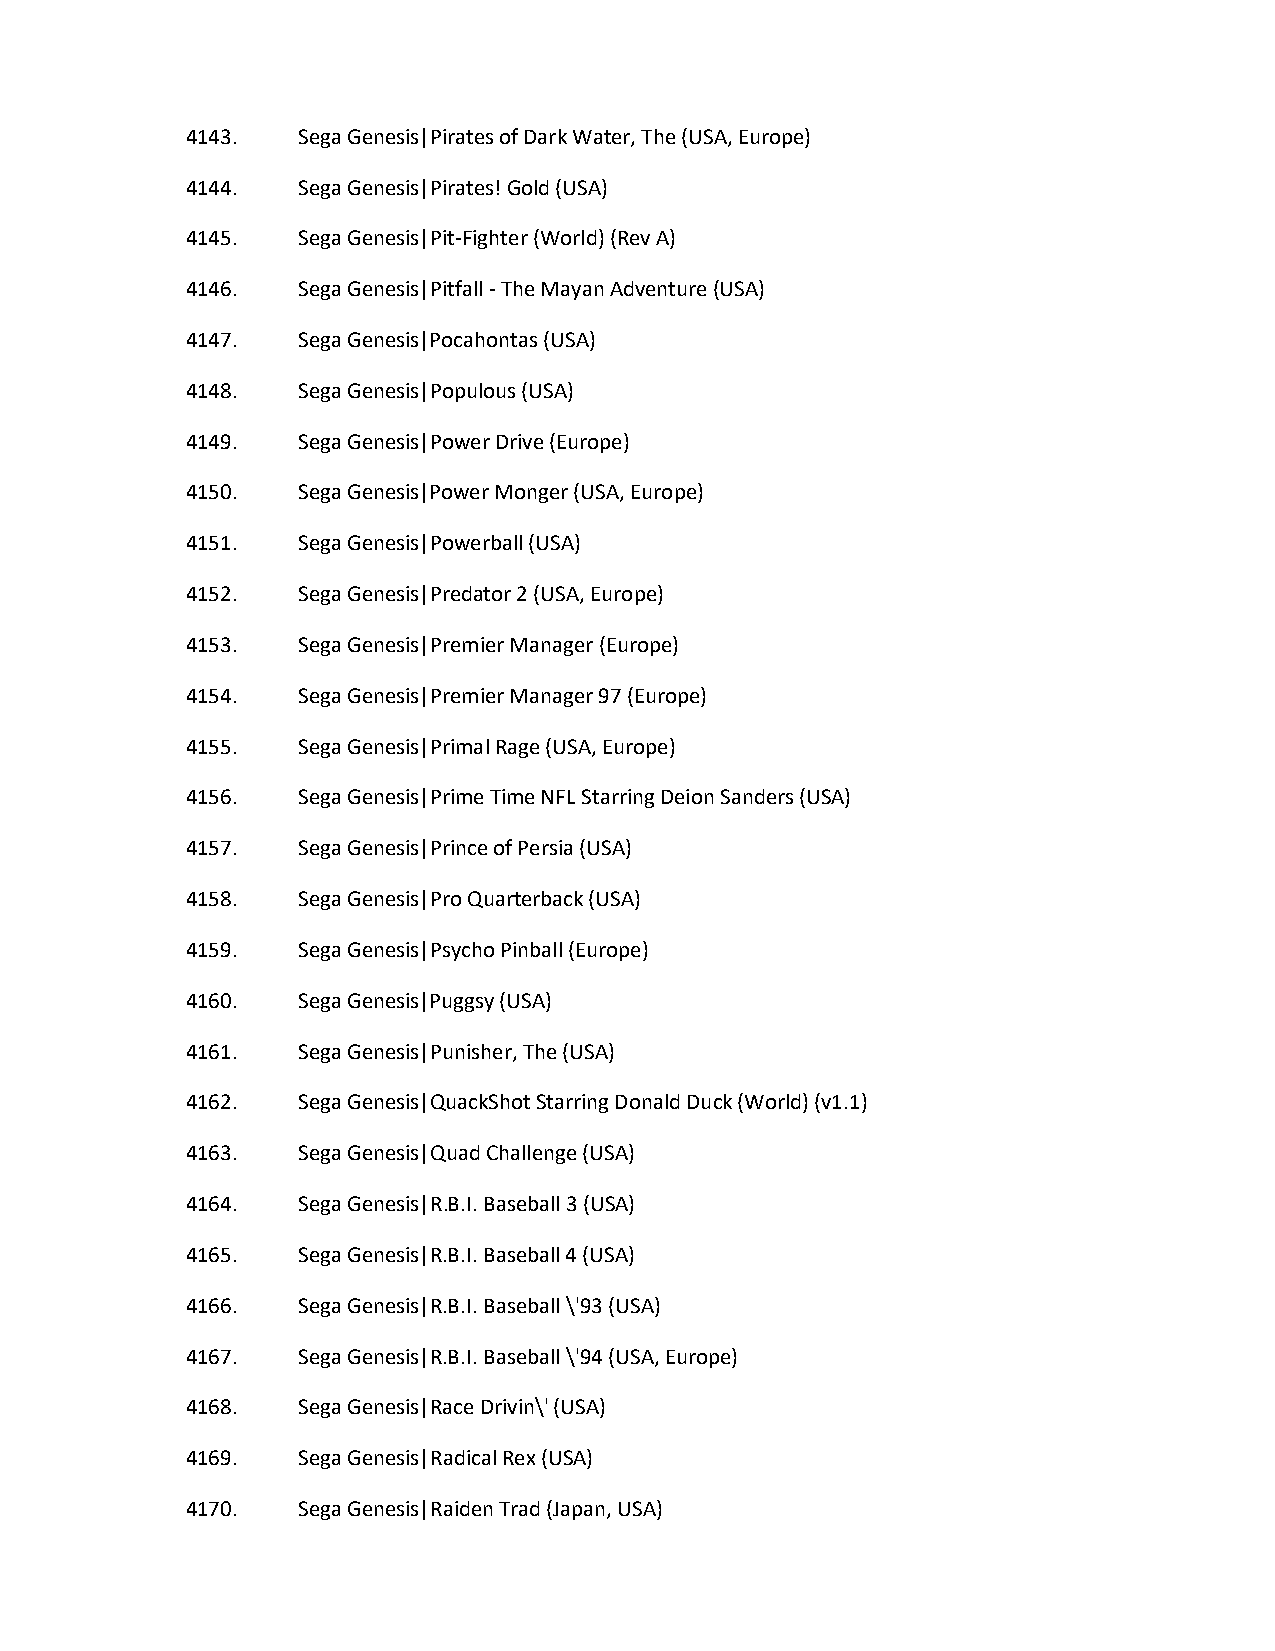
4143.   Sega Genesis|Pirates of Dark Water, The (USA, Europe)
 4144.   Sega Genesis|Pirates! Gold (USA)
 4145.   Sega Genesis|Pit-Fighter (World) (Rev A)
 4146.   Sega Genesis|Pitfall - The Mayan Adventure (USA)
 4147.   Sega Genesis|Pocahontas (USA)
 4148.   Sega Genesis|Populous (USA)
 4149.   Sega Genesis|Power Drive (Europe)
 4150.   Sega Genesis|Power Monger (USA, Europe)
 4151.   Sega Genesis|Powerball (USA)
 4152.   Sega Genesis|Predator 2 (USA, Europe)
 4153.   Sega Genesis|Premier Manager (Europe)
 4154.   Sega Genesis|Premier Manager 97 (Europe)
 4155.   Sega Genesis|Primal Rage (USA, Europe)
 4156.   Sega Genesis|Prime Time NFL Starring Deion Sanders (USA)
 4157.   Sega Genesis|Prince of Persia (USA)
 4158.   Sega Genesis|Pro Quarterback (USA)
 4159.   Sega Genesis|Psycho Pinball (Europe)
 4160.   Sega Genesis|Puggsy (USA)
 4161.   Sega Genesis|Punisher, The (USA)
 4162.   Sega Genesis|QuackShot Starring Donald Duck (World) (v1.1)
 4163.   Sega Genesis|Quad Challenge (USA)
 4164.   Sega Genesis|R.B.I. Baseball 3 (USA)
 4165.   Sega Genesis|R.B.I. Baseball 4 (USA)
 4166.   Sega Genesis|R.B.I. Baseball \'93 (USA)
 4167.   Sega Genesis|R.B.I. Baseball \'94 (USA, Europe)
 4168.   Sega Genesis|Race Drivin\' (USA)
 4169.   Sega Genesis|Radical Rex (USA)
 4170.   Sega Genesis|Raiden Trad (Japan, USA)